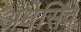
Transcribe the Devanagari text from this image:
अधेसिव